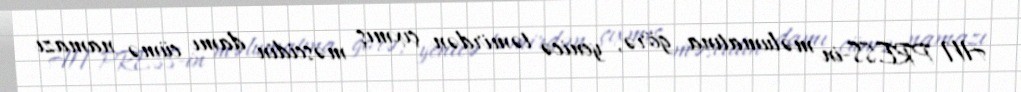
AN PRESS-in məlumatına görə, yenicə təmirdən çıxmış məscidin damı cümə namazı